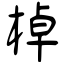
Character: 棹